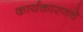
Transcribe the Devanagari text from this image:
कार्यकारणचे